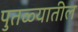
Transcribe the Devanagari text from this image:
पुतळ्यातील